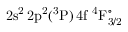
\mathrm { 2 s ^ { 2 } \, 2 p ^ { 2 } ( ^ { 3 } P ) \, 4 f ~ ^ { 4 } F _ { 3 / 2 } ^ { \circ } }